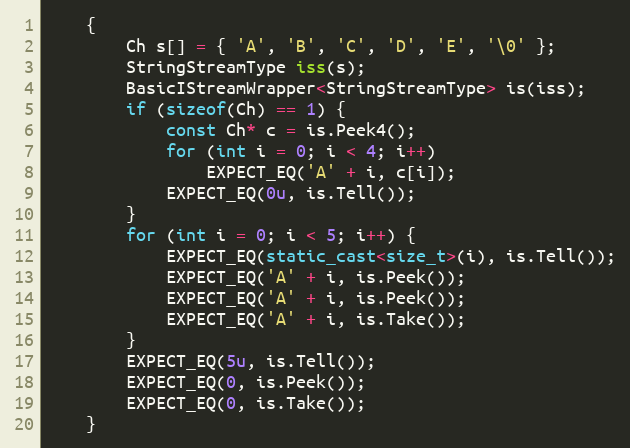
Language: C++
    {
        Ch s[] = { 'A', 'B', 'C', 'D', 'E', '\0' };
        StringStreamType iss(s);
        BasicIStreamWrapper<StringStreamType> is(iss);
        if (sizeof(Ch) == 1) {
            const Ch* c = is.Peek4();
            for (int i = 0; i < 4; i++)
                EXPECT_EQ('A' + i, c[i]);
            EXPECT_EQ(0u, is.Tell());
        }
        for (int i = 0; i < 5; i++) {
            EXPECT_EQ(static_cast<size_t>(i), is.Tell());
            EXPECT_EQ('A' + i, is.Peek());
            EXPECT_EQ('A' + i, is.Peek());
            EXPECT_EQ('A' + i, is.Take());
        }
        EXPECT_EQ(5u, is.Tell());
        EXPECT_EQ(0, is.Peek());
        EXPECT_EQ(0, is.Take());
    }